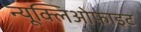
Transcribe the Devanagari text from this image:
न्यूक्लिओफाइट